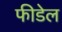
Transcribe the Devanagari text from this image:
फीडेल